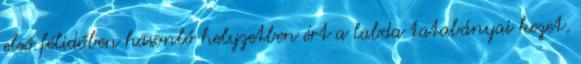
első félidőben hasonló helyzetben ért a labda tatabányai kezet,